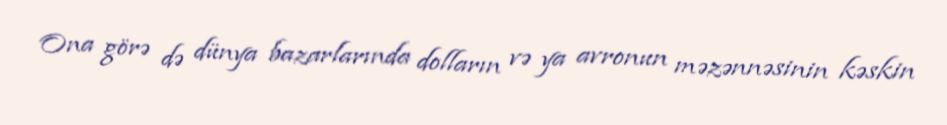
Ona görə də dünya bazarlarında dolların və ya avronun məzənnəsinin kəskin